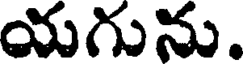
యగును.